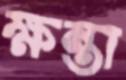
ক্ষন্তা